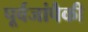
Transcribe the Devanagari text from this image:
पूर्वजांपैकी